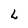
Character: L